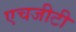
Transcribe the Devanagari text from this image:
एचजीटी